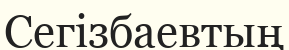
Сегізбаевтың